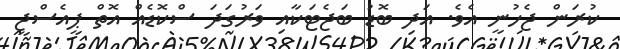
ކުރަން ޖެހުނީ އެވެ. އަދި ބޮޑު ބަޖެޓަކާއި ވަރުގަދަ ސްކޮޑެއް އޮތް ޕީއެސްޖީ